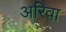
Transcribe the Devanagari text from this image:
अरिवा